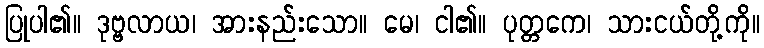
ပြုပါ၏။ ဒုဗ္ဗလာယ၊ အားနည်းသော။ မေ၊ ငါ၏။ ပုတ္တကေ၊ သားငယ်တို့ကို။